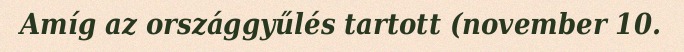
Amíg az országgyűlés tartott (november 10.